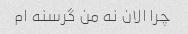
چرا الان نه من گرسنه ام